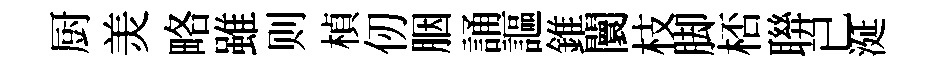
厨羙略雖则楨仞胭誦謳錐闤枝脚桮聨已涎